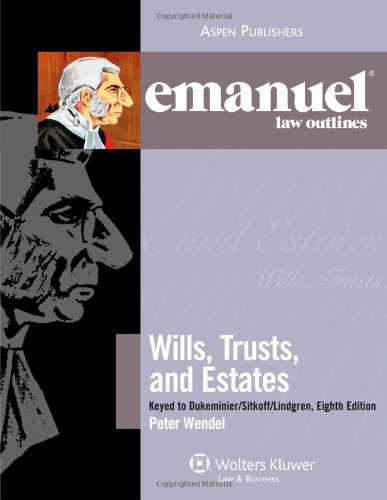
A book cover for Emanuel Law Outlines: Wills, Trusts, and Estates, Keyed to Dukeminier's 8th Edition (The Emanuel Law Outlines Series); Peter Wendel; Law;